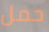
حمل